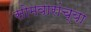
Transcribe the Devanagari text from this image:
सोमवारांच्या